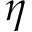
\eta